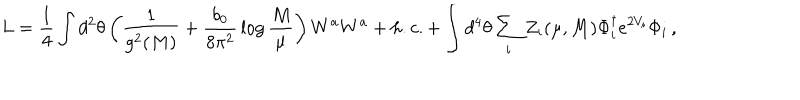
L = { \frac { 1 } { 4 } } \int d ^ { 2 } \theta \left( { \frac { 1 } { g ^ { 2 } ( M ) } } + { \frac { b _ { 0 } } { 8 \pi ^ { 2 } } } \log { \frac { M } { \mu } } \right) W ^ { a } W ^ { a } + h . c . + \int d ^ { 4 } \theta \sum _ { i } Z _ { i } ( \mu , M ) \Phi _ { i } ^ { \dagger } e ^ { 2 V _ { i } } \Phi _ { i } \, ,